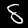
Label: 8